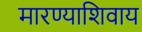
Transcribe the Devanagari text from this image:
मारण्याशिवाय